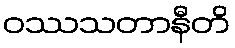
ဝဿသတာနီတိ